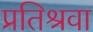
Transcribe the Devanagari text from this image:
प्रतिश्रवा